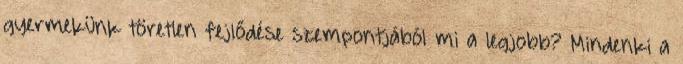
gyermekünk töretlen fejlődése szempontjából mi a legjobb? Mindenki a